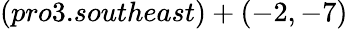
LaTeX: (pro3.southeast)+(-2,-7)